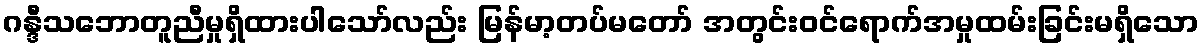
ဂန္ဒီသဘောတူညီမှုရှိထားပါသော်လည်း မြန်မာ့တပ်မတော် အတွင်းဝင်ရောက်အမှုထမ်းခြင်းမရှိသော